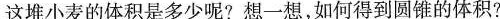
这堆小麦的体积是多少呢?想一想，如何得到圆锥的体积?